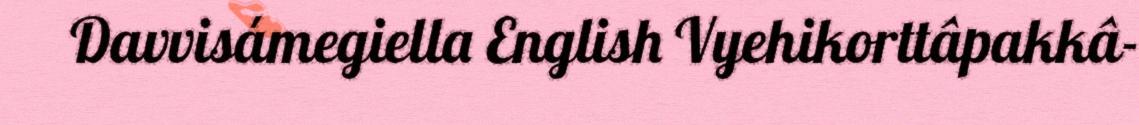
Davvisámegiella English Vyehikorttâpakkâ-